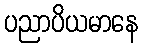
ပညာပိယမာနေ